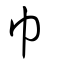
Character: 巾